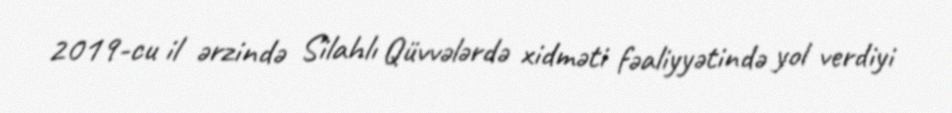
2019-cu il ərzində Silahlı Qüvvələrdə xidməti fəaliyyətində yol verdiyi